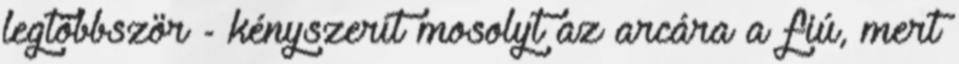
legtöbbször - kényszerít mosolyt az arcára a fiú, mert